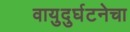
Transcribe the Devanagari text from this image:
वायुदुर्घटनेचा